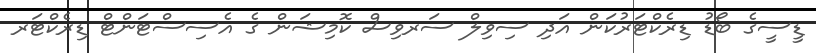
ޑީސީގެ ބޯޑު ޑިރެކްޓަރުކަން އަދި ސިވިލް ސަރވިސް ކޮމިޝަން ގެ އެސިސްޓަންޓް ޑިރެކްޓަރ